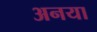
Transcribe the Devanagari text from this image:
अनया